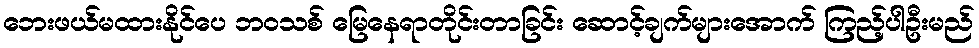
ဘေးဖယ်မထားနိုင်ပေ ဘဝသစ် မြေနေရာတိုင်းတာခြင်း ဆောင့်ချက်များအောက် ကြည့်ပါဦးမည်